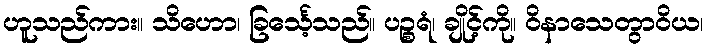
ဟူသည်ကား။ သိဟော၊ ခြင်္သေ့သည်။ ပဉ္စရံ၊ ချိုင့်ကို။ ဝိနာသေတွာဝိယ၊